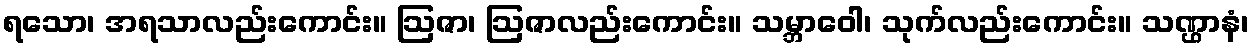
ရသော၊ အရသာလည်းကောင်း။ ဩဇာ၊ ဩဇာလည်းကောင်း။ သမ္ဘာဝေါ၊ သုက်လည်းကောင်း။ သဏ္ဌာနံ၊